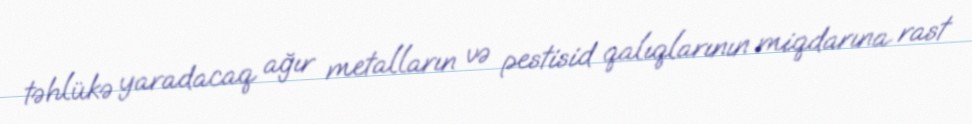
təhlükə yaradacaq ağır metalların və pestisid qalıqlarının miqdarına rast